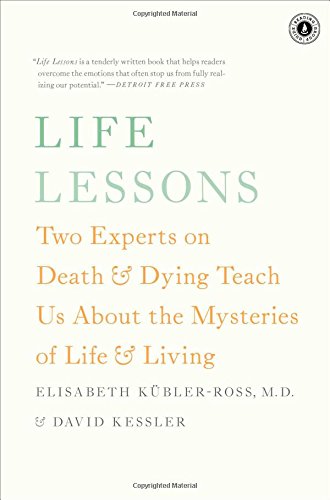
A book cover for Life Lessons: Two Experts on Death and Dying Teach Us About the Mysteries of Life and Living; Elisabeth KÃ¼bler-Ross; Self-Help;